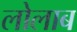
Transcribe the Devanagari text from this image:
लोलाब